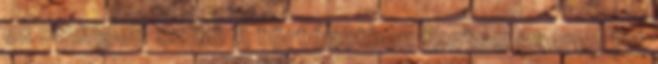
ek : minden szülő A történetben fontos szerep jut